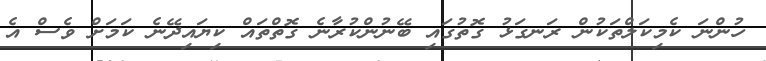
ހުންނަ ކެމިކަލްތަކުން ރަނގަޅު ގޮތުގައި ބޭނުންކުރާނެ ގޮތްތައް ކިޔައިދޭނެ ކަމަށް ވެސް އެ